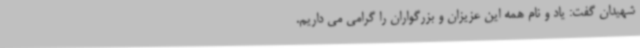
شهیدان گفت: یاد و نام همه این عزیزان و بزرگواران را گرامی می داریم.